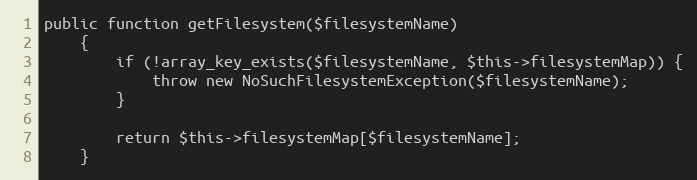
Language: PHP
public function getFilesystem($filesystemName)
    {
        if (!array_key_exists($filesystemName, $this->filesystemMap)) {
            throw new NoSuchFilesystemException($filesystemName);
        }

        return $this->filesystemMap[$filesystemName];
    }